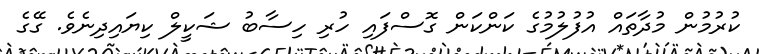
ކުރުމުން މުދާތައް އުފުލުމުގެ ކަންކަން ގޮސްފައި ހުރި ހިސާބު ޝަކީލް ކިޔައިދިނެވެ. ގޭގެ